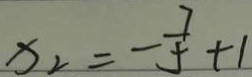
x _ { 2 } = - \frac { 7 } { 5 } + 1